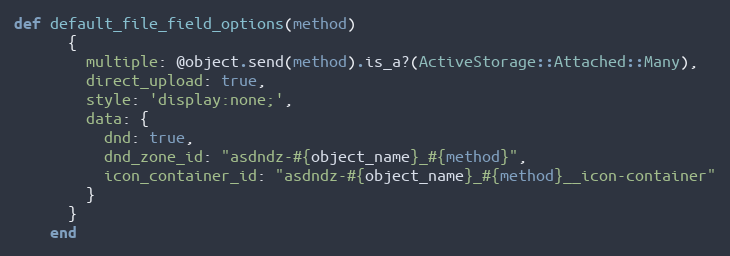
Language: Ruby
def default_file_field_options(method)
      {
        multiple: @object.send(method).is_a?(ActiveStorage::Attached::Many),
        direct_upload: true,
        style: 'display:none;',
        data: {
          dnd: true,
          dnd_zone_id: "asdndz-#{object_name}_#{method}",
          icon_container_id: "asdndz-#{object_name}_#{method}__icon-container"
        }
      }
    end